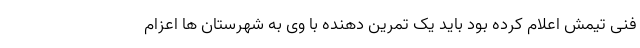
فنی تیمش اعلام کرده بود باید یک تمرین دهنده با وی به شهرستان ها اعزام